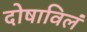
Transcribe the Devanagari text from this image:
दोषाविलं